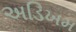
અડિખમ